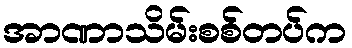
အာဏာသိမ်းစစ်တပ်က